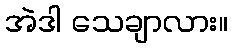
အဲဒါ သေချာလား။